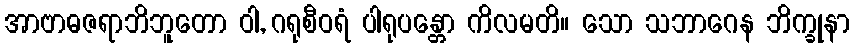
အာဗာဓဇရာဘိဘူတော ဝါ, ဂရုစီဝရံ ပါရုပန္တော ကိလမတိ။ သော သဘာဂေန ဘိက္ခုနာ